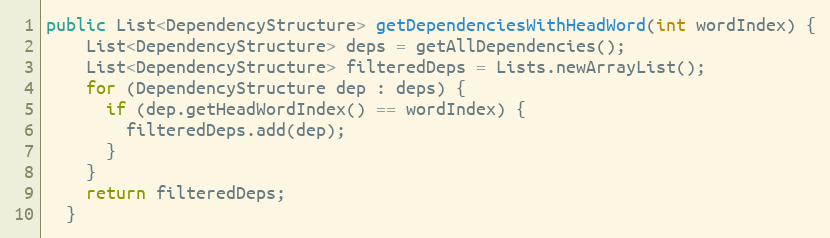
Language: Java
public List<DependencyStructure> getDependenciesWithHeadWord(int wordIndex) {
    List<DependencyStructure> deps = getAllDependencies();
    List<DependencyStructure> filteredDeps = Lists.newArrayList();
    for (DependencyStructure dep : deps) {
      if (dep.getHeadWordIndex() == wordIndex) {
        filteredDeps.add(dep);
      }
    }
    return filteredDeps;
  }